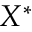
X ^ { \ast }